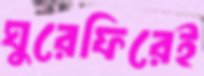
ঘুরেফিরেই